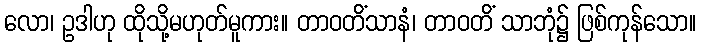
လော၊ ဥဒါဟု ထိုသို့မဟုတ်မူကား။ တာဝတိံသာနံ၊ တာဝတိံ သာဘုံ၌ ဖြစ်ကုန်သော။